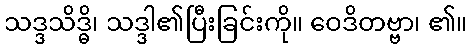
သဒ္ဒသိဒ္ဓိ၊ သဒ္ဒါ၏ပြီးခြင်းကို။ ဝေဒိတဗ္ဗာ၊ ၏။